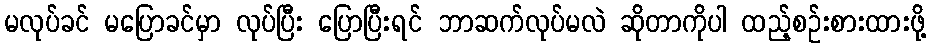
မလုပ်ခင် မပြောခင်မှာ လုပ်ပြီး ပြောပြီးရင် ဘာဆက်လုပ်မလဲ ဆိုတာကိုပါ ထည့်စဉ်းစားထားဖို့